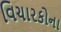
વિચારકોના